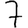
Digit: 7